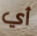
أي